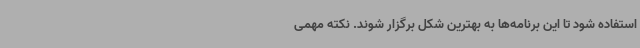
استفاده شود تا این برنامه‌ها به بهترین شکل برگزار شوند. نکته مهمی